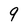
Character: 9